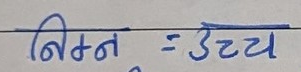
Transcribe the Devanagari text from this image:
निम्न = उच्च